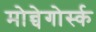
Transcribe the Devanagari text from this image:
मोन्चेगोर्स्क